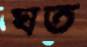
ঘত